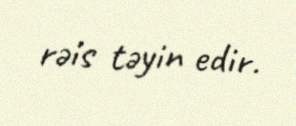
rəis təyin edir.